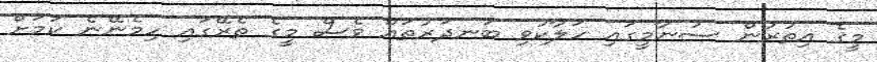
މީގެ އިތުރުން ސުނާމީގައި ހަލާކުވި ބަނދަރުތައް ވެސް މީގެ ތެރޭގައި ހިމެނޭނެ ކަމަށް